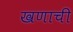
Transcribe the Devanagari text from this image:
खणाची